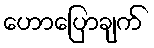
ဟောပြောချက်